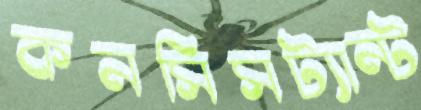
কনসিসট্যান্ট